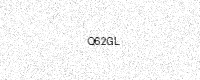
Text: Q62GL